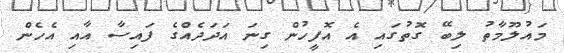
މައުލޫމާތު ލިބޭ ގޮތުގައި އެ އޮފީހުން ގިނަ އަދަދެއްގެ ފައިސާ އާއި އެހެން